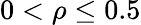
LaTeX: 0<\rho\leq 0.5